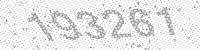
Solution: 193261